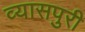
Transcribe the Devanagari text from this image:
व्यासपुरी